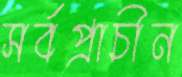
সর্বপ্রাচীন